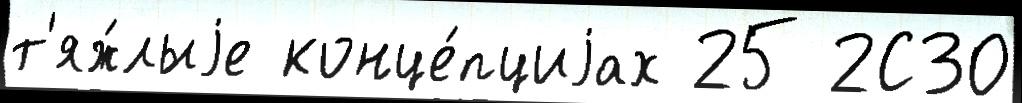
т'яж́лыjе конце́пциjах 25 2С30